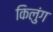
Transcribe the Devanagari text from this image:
किलुंग